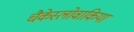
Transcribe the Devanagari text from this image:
चैकेस्लोवाकिया